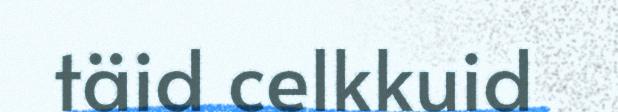
täid celkkuid